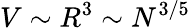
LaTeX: V\sim R^{3}\sim N^{3/5}